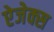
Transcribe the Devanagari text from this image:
ऐजेक्स